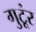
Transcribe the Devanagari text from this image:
गुटूंर